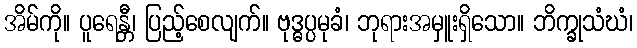
အိမ်ကို။ ပူရေန္တီ၊ ပြည့်စေလျက်။ ဗုဒ္ဓပ္ပမုခံ၊ ဘုရားအမှူးရှိသော။ ဘိက္ခုသံဃံ၊